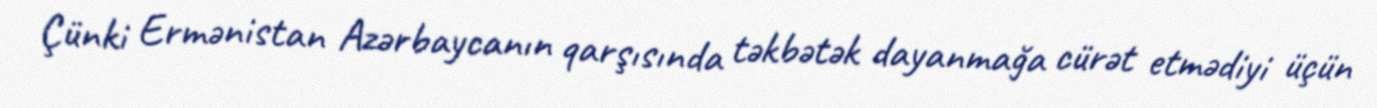
Çünki Ermənistan Azərbaycanın qarşısında təkbətək dayanmağa cürət etmədiyi üçün